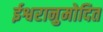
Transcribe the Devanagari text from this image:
ईश्वरानुमोदित